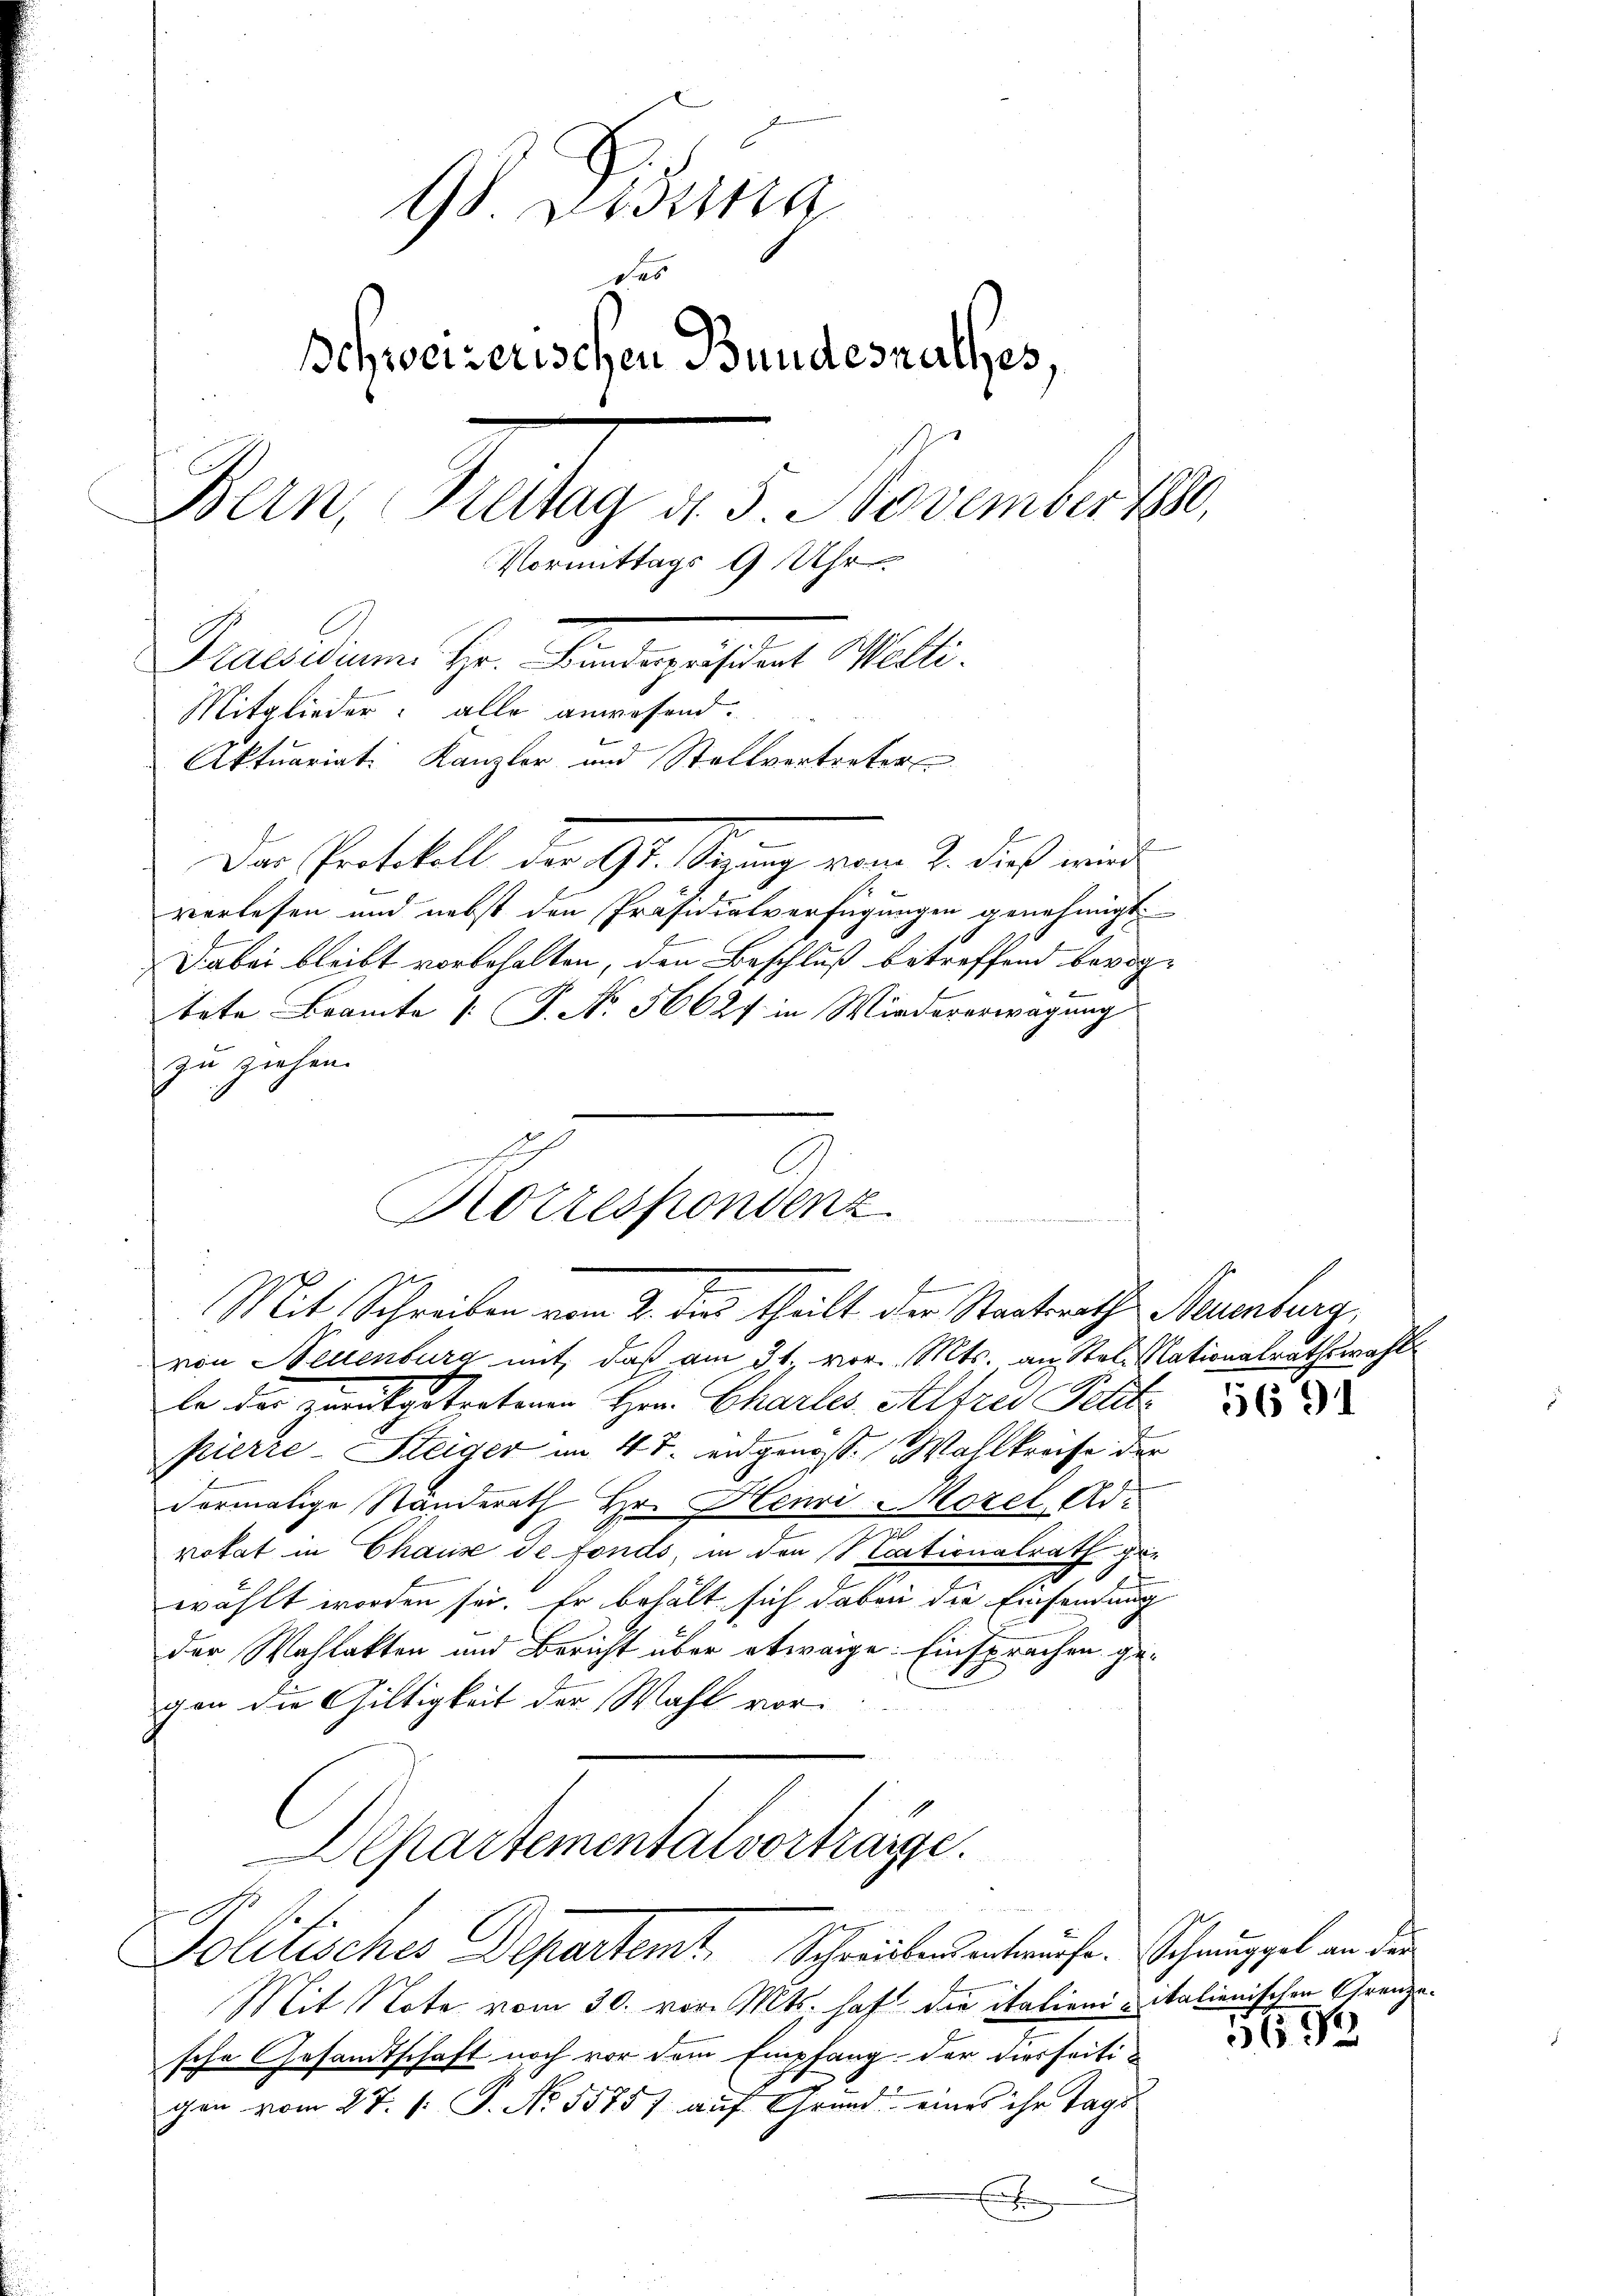
98 Zessina
des
Schweizerischen Bundesrathes,
Bern, Breitag d. 5. November 1880,
Vormittags 9 Uhr
Percedium. Hr. Paragisten Walli
Mitglieder: alle anwesend.
Aktuariat Kanzler und Stellvertreter

Der Protokoll der Gl. Strang vom 2. dies wird
verlesen und nebst den Präsidialverfügungen genehmigt.
Dabei bleibt vorbehalten, den Beschluß betreffend bevogtete Beamte [ P. No. 56627 in Wiedererwägung
zu ziehen.

Korrespondenz
f
Mit Schreiben vom 2. dies theilt der Staatsraths Neuenburg,

von Neuenburg mit, daß am 31. vor. Mts. an Stel Nationalrathswahl
le der zurükgetretenen Herr Chartes Alfred Petit
pierre-Steiger im 4 t. eidgenoss. Wahlkreise der
dermalige Ständerath Hr. Henri-Morel, Ad-
rokat in Chause de fonds, in den Nationalrath gewählt worden sei. Er behält sich dabei die Einsendung
der Wahlakten und Bericht über etwaige: Einsprachen gegen die Gültigkeit der Wahl vor¬
Departementalvorträge.
.
Politisches Departent Schreibens entwürfe. Schnuppel an den
Mit Note vom 30. vor. Mts. haft die italieni- italienischen Grenzesche Gesandtschaft noch vor dem Empfang der hierseitigen vom 27. 1. P. No. 55757 auf Grund eines ihr Tage
E

1691

36